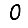
Digit: 0